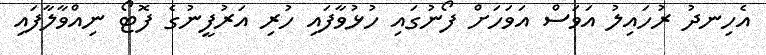
އެހިނދު ރުހައިލު އަވަސް އަވަހަށް ފޯނުގައި ހުޅުވާފައި ހުރި އަރުފީނުގެ ފޮޓޯ ނިއްވާލާފައި